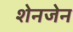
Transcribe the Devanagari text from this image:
शेनजेन